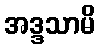
အဒ္ဒသာမိ